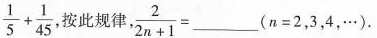
\frac { 1 } { 5 } + \frac { 1 } { 4 5 }$$， 按此规律， $$\frac { 2 } { 2 n + 1 } =$$ __($$n = 2$$，3，4，…).